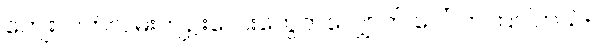
ကျေးလက်လမ်းကျဉ်းလေးတွေတလျှောက် ပေါ်လာကြပါတယ်။